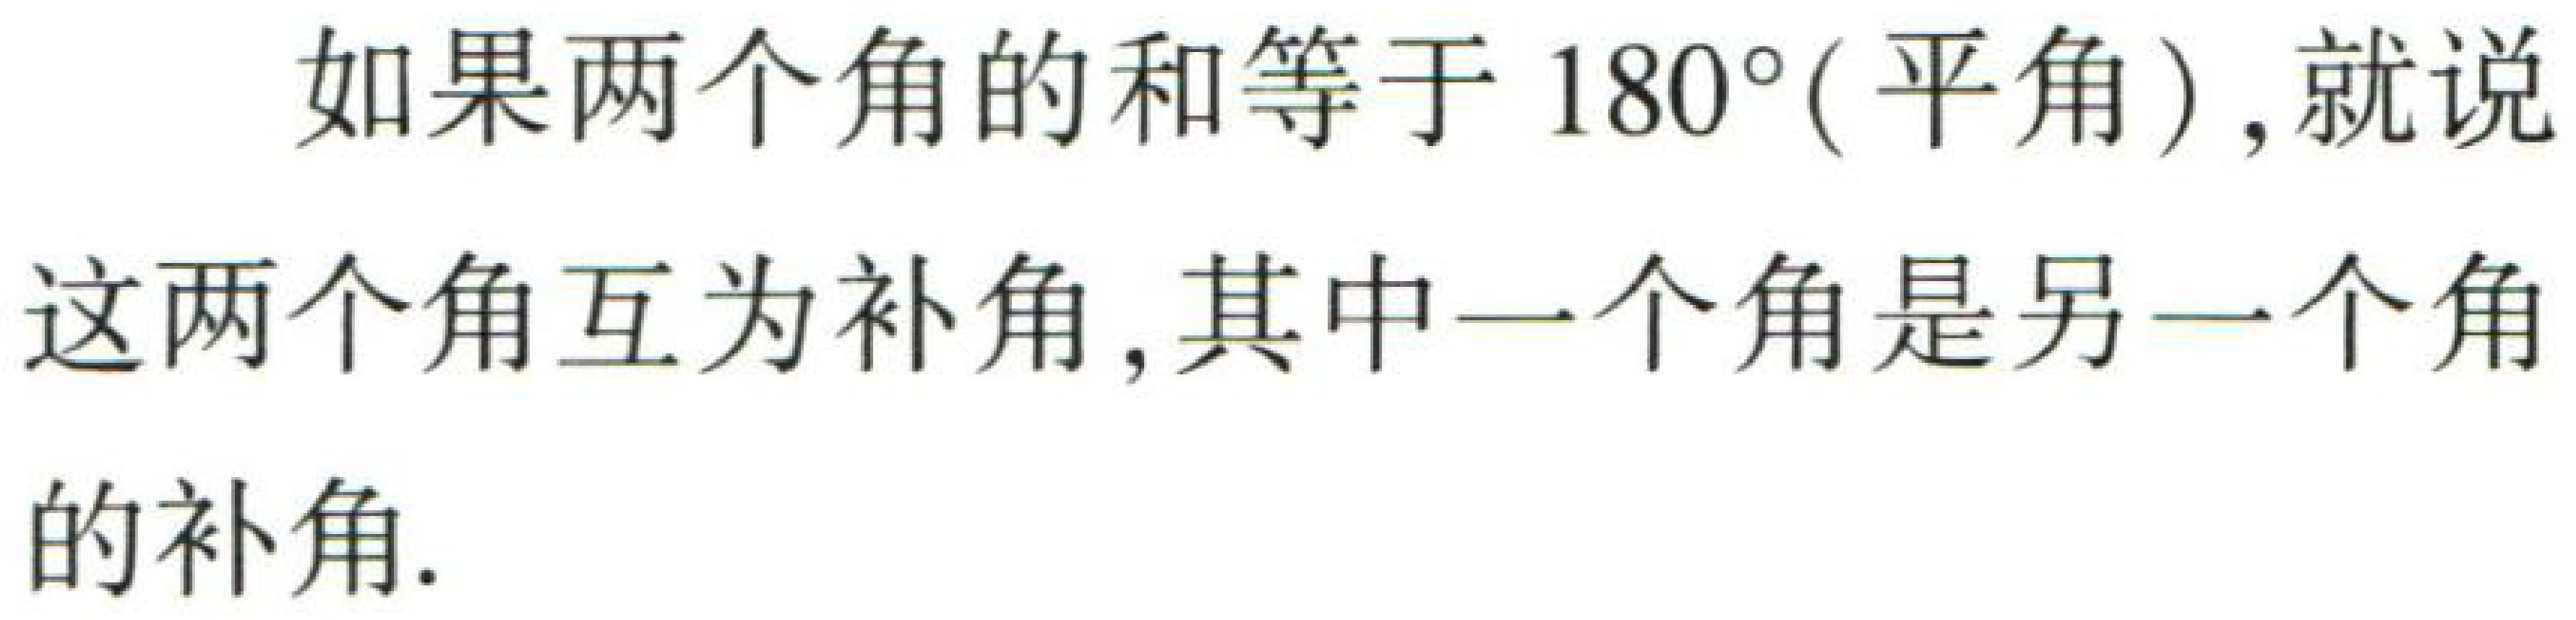
如果两个角的和等于 \(180^{\circ}\)（平角）,就说这两个角互为补角,其中一个角是另一个角的补角.